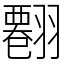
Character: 𦒘